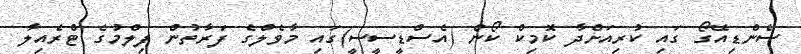
ސެންޑިއޭގޯ ގައި ކުރިއަށްދާ ކޮމިކް ކޯން (އެސްޑީސީސީ)ގައި މާވެލްގެ ފަރާތުން ފިލްމުގެ ޓްރެއިލާ